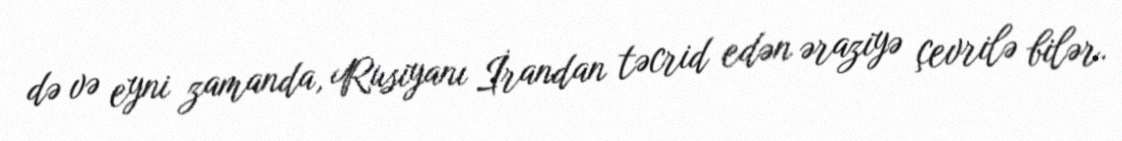
də və eyni zamanda, Rusiyanı İrandan təcrid edən əraziyə çevrilə bilər.